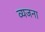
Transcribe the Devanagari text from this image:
व्यजना